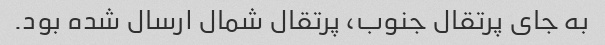
به جای پرتقال جنوب، پرتقال شمال ارسال شده بود.